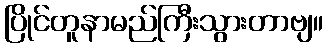
ပြိုင်တူနာမည်ကြီးသွားတာဗျ။